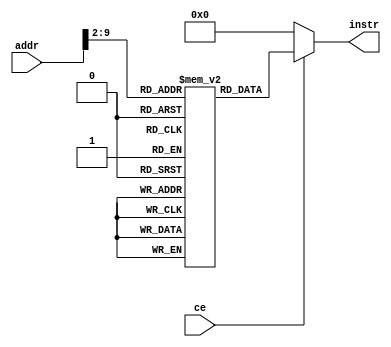
`timescale 1ns / 1ps

module instr_rom(
    input ce,
    input [31:0] addr,
    output reg [31:0] instr 
);

reg [31:0] instr_mem [255:0];

initial begin
    
    instr_mem[0] = 32'b001101_00000_00001_0000_0000_0001_1101;//ori r1,r0,0x001d;
    instr_mem[1] = 32'b000000_00010_00010_00010_00000_100110;//xor r2,r2,r2
    instr_mem[2] = 32'b000000_00010_00001_00010_00000_100001;//addu r2,r2,r1
    instr_mem[3] = 32'b001001_00001_00001_1111_1111_1111_1111;//addiu r1,r1,0xffff
    instr_mem[4] = 32'b000111_00001_00000_1111_1111_1111_1110;//bgtx r1,0xfffd;
    instr_mem[5] = 32'b101011_00000_00010_0000_0000_0000_0000; //sw r1,0(r0)
    
    /*
    instr_mem[0] = 32'b001101_00001_00010_1001_1100_1001_1000;//ori r2,r1,0x9c98
    instr_mem[1] = 32'b001101_00010_00011_0000_0000_0000_0011;//ori r3,r2,0x0003
    instr_mem[2] = 32'b001101_00011_00100_0110_0000_0000_0000;//ori r4,r2,0x3000
    instr_mem[3] = 32'b001101_00100_00101_0000_0000_0000_0000;//ori r5,r4,0x0000
    instr_mem[4] = 32'b101011_00000_00101_0000_0000_0000_0000;//sw r5,0x0000(r0)
    instr_mem[5] = 32'b100011_00000_00110_0000_0000_0000_0000;//lw r6,r0,0x0000
    instr_mem[6] = 32'b100100_00000_00110_0000_0000_0000_0011;//lbu,r6,r0,0x000
    instr_mem[7] = 32'b001101_00110_00110_0000_0000_0000_1111;//or1 r6,r6,0x000f
    */
    /*
    instr_mem[4] = 32'b000000_00010_00011_00110_00000_100100;//and r6,r2,r3
    instr_mem[5] = 32'b000000_00010_00011_00111_00000_100101;//or r7,r2,r3
    instr_mem[6] = 32'b000000_00010_00011_00111_00000_100110;//xor r7,r2,r3
    instr_mem[7] = 32'b000000_00010_00011_00111_00000_100111;//nor r7,r2,r3
    instr_mem[8] = 32'b001100_00111_01000_1010_1010_1010_1111;//andi r8,r7,0xaaaf
    instr_mem[9] = 32'b001110_01000_01001_1111_1111_1111_1111;//xori r9,r8,0xffff
    instr_mem[10] = 32'b001111_00000_01001_1000_1000_1000_1000;//lui r9,0x8888
    instr_mem[11] = 32'b000000_00000_01001_01010_00010_000000;//sll r10,r9,2
    instr_mem[12] = 32'b000000_00000_01001_01010_00010_000010;//srl r10,r9,2
    instr_mem[13] = 32'b000000_00000_01001_01010_00010_000011;//sra r10,r9,2
    instr_mem[14] = 32'b000000_00100_01001_01010_00000_000100;//sllv r10,r9,r3
    instr_mem[15] = 32'b000000_00100_01001_01010_00000_000110;//srlv r10,r9,r3
    instr_mem[16] = 32'b000000_00100_01001_01010_00000_000111;//srav r10,r9,r3
    instr_mem[17] = 32'b000000_01010_00000_01011_00000_001011;//movn r11,r10,r0
    instr_mem[18] = 32'b000000_01010_00000_01011_00000_001010;//movz r11,r10,r0
    instr_mem[19] = 32'b001101_00000_00001_0000_0000_0000_0100;//ori r1,r0,,0x0004
    instr_mem[20] = 32'b000000_00001_00000_01111_00000_001001;//jalr r1,r15
    instr_mem[21] = 32'b001111_00000_01111_1000_1000_1000_1000;//lui r15,0x8888
    */
end

always @ (*) begin
    if(!ce) begin
        instr <= 32'h00000000;
    end
    else begin
        instr <= instr_mem[addr[9:2]];
    end
end
endmodule